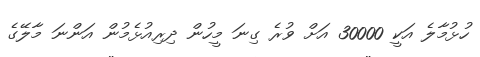
ހުޅުމާލެ އަކީ 30000 އަށް ވުރެ ގިނަ މީހުން ދިރިއުޅެމުން އަންނަ މާލޭގެ